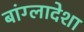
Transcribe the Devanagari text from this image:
बांग्लादेशा